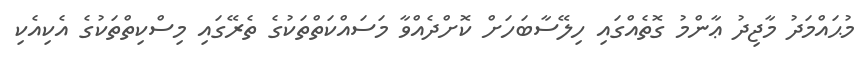
މުޙައްމަދު މާޖިދު ޢާންމު ގޮތެއްގައި ހިލޭސާބަހަށް ކޮށްދެއްވާ މަސައްކަތްތަކުގެ ތެރޭގައި މިސްކިތްތަކުގެ އެކިއެކި